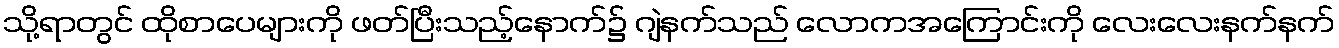
သို့ရာတွင် ထိုစာပေများကို ဖတ်ပြီးသည့်နောက်၌ ဂျဲနက်သည် လောကအကြောင်းကို လေးလေးနက်နက်